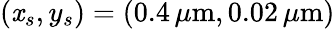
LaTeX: (\mathit{x}_{s},y_{s})=(0.4\, \mu\mathrm{{m}},0.02\, \mu\mathrm{{m}})